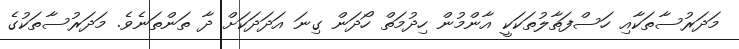
މަދަރުސާތަކާއި ހަސްފަތާލުތަކަކީ އާންމުން ހިދުމަތް ހޯދަން ގިނަ އަދަދަކަށް ދާ ތަންތަނެވެ. މަދަރުސާތަކުގެ